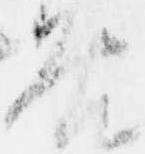
咎